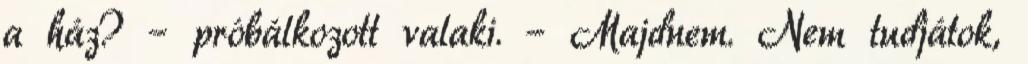
a ház? – próbálkozott valaki. – Majdnem. Nem tudjátok,